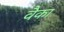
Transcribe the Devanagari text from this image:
वैका